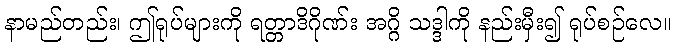
နာမည်တည်း၊ ဤရုပ်များကို ရတ္တာဒိဂိုဏ်း အဂ္ဂိ သဒ္ဒါကို နည်းမှီး၍ ရုပ်စဉ်လေ။